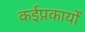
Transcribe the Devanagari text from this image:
कईप्रकार्यों